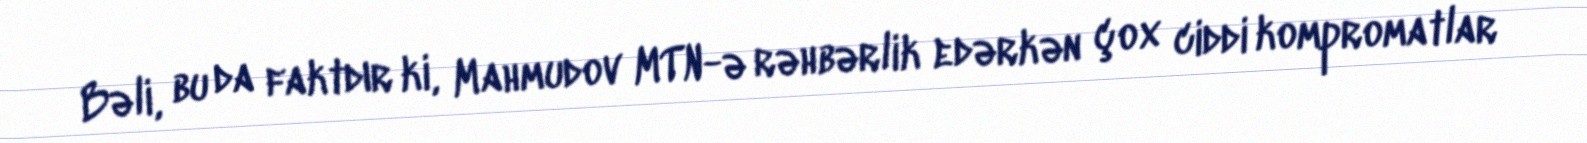
Bəli, bu da faktdır ki, Mahmudov MTN-ə rəhbərlik edərkən çox ciddi kompromatlar